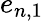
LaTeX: e_{n,1}